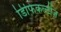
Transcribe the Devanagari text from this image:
डिफिकल्टीज़